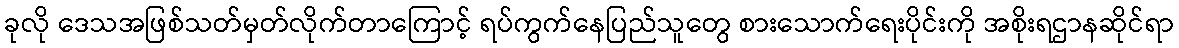
ခုလို ဒေသအဖြစ်သတ်မှတ်လိုက်တာကြောင့် ရပ်ကွက်နေပြည်သူတွေ စားသောက်ရေးပိုင်းကို အစိုးရဌာနဆိုင်ရာ